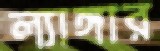
ল্যাঙ্গার